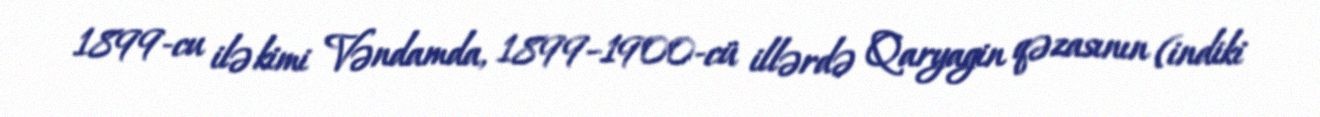
1899-cu ilə kimi Vəndamda, 1899–1900-cü illərdə Qaryagin qəzasının (indiki